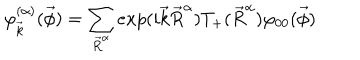
LaTeX: \varphi _ { \vec { k } } ^ { ( \alpha ) } ( \vec { \phi } ) = \sum _ { \vec { R } ^ { \alpha } } e x p ( i \vec { k } \vec { R } ^ { \alpha } ) T _ { + } ( \vec { R } ^ { \alpha } ) \varphi _ { 0 0 } ( \vec { \phi } )